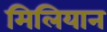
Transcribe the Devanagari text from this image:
मिलियान